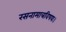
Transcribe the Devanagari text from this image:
रसनामात्रविषयः।